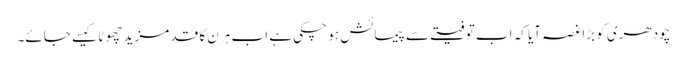
چودھری کو بڑاغصہ آیا کہ اب تو فیتے سے پیمائش ہو چکی ہے اب ہرن کا قد مزید چھوٹا کیسے جائے۔